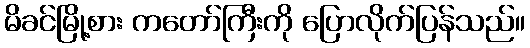
မိခင်မြို့စား ကတော်ကြီးကို ပြောလိုက်ပြန်သည်။